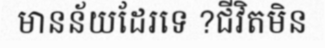
មានន័យដែរទេ ?ជីវិតមិន